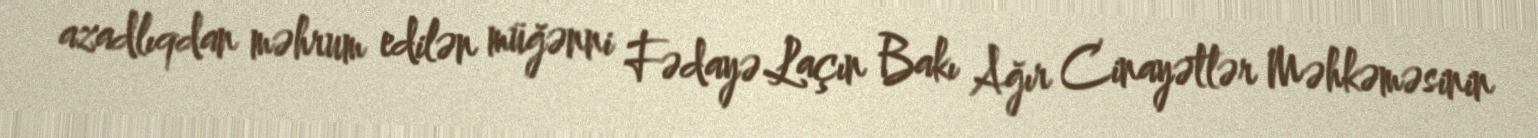
azadlıqdan məhrum edilən müğənni Fədayə Laçın Bakı Ağır Cinayətlər Məhkəməsinin